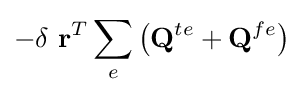
-\delta \ \mathbf {r} ^{T}\sum _{e}\left(\mathbf {Q} ^{te}+\mathbf {Q} ^{fe}\right)